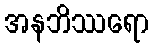
အနဘိဿရော